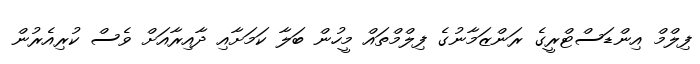
ފިލްމް އިންޑަސްޓްރީގެ ރަންޒަމާނުގެ ފިލްމްތައް މީހުން ބަލާ ކަމަށާއި ދާއިރާއަށް ވެސް ކުރިއެރުން